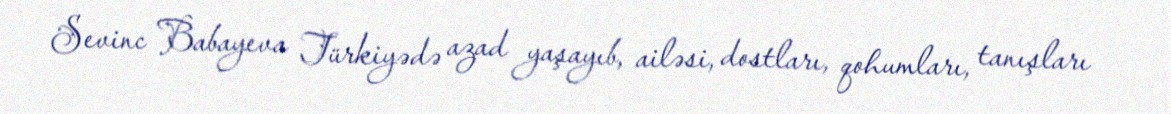
Sevinc Babayeva Türkiyədə azad yaşayıb, ailəsi, dostları, qohumları, tanışları